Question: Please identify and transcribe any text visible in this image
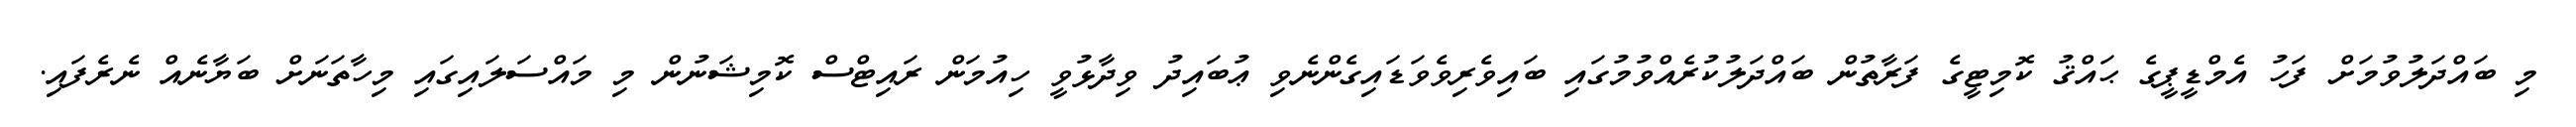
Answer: މި ބައްދަލުވުމަށް ފަހު އެމްޑީޕީގެ ޙައްޤު ކޮމިޓީގެ ފަރާތުން ބައްދަލުކުރެއްވުމުގައި ބައިވެރިވެވަޑައިގެންނެވި ޢުބައިދު ވިދާޅުވީ ހިއުމަން ރައިޓްސް ކޮމިޝަނުން މި މައްސަލައިގައި މިހާތަނަށް ބަޔާނެއް ނެރެފައި.